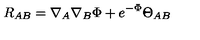
R _ { A B } = \nabla _ { A } \nabla _ { B } \Phi + e ^ { - \Phi } \Theta _ { A B }